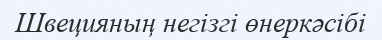
Швецияның негізгі өнеркәсібі